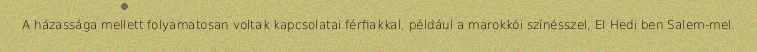
A házassága mellett folyamatosan voltak kapcsolatai férfiakkal, például a marokkói színésszel, El Hedi ben Salem-mel.